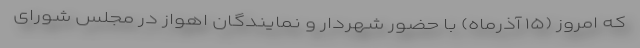
که امروز (۱۵ آذرماه) با حضور شهردار و نمایندگان اهواز در مجلس شورای